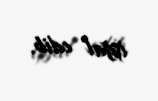
işğal edib.